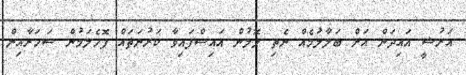
އަރުޝީ އައިދަން އަށް ބަލާލުަމެއް ނެތި ލޮލުން އައިސްފައިވާ ކަރުނަތައް ފޮހެލަމުން ސަހަރާއިން